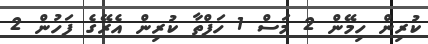
ކުރިން ހިމޭން 2 މަސް 1 ހަފްތާ ކުރިން އެރޭގެ ފަހުން 2